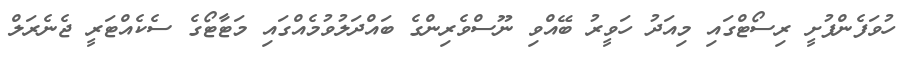
ހުވަފެންފުށީ ރިސޯޓްގައި މިއަދު ހަވީރު ބޭއްވި ނޫސްވެރިންގެ ބައްދަލުވުމެއްގައި މަޓާޓޯގެ ސެކެއްޓަރީ ޖެނެރަލް